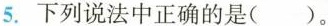
5.下列说法中正确的是( ).